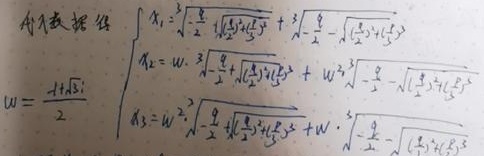
\[\begin{cases}x_1=\sqrt[3]{-\frac{q}{2}+\sqrt{(\frac{q}{2})^2+(\frac{p}{3})^3}}+\sqrt[3]{-\frac{q}{2}-\sqrt{(\frac{q}{2})^2+(\frac{p}{3})^3}}\\x_2 = \omega\cdot\sqrt[3]{-\frac{q}{2}+\sqrt{(\frac{q}{2})^2+(\frac{p}{3})^3}}+\omega^2\cdot\sqrt[3]{-\frac{q}{2}-\sqrt{(\frac{q}{2})^2+(\frac{p}{3})^3}}\\x_3=\omega^2\cdot\sqrt[3]{-\frac{q}{2}+\sqrt{(\frac{q}{2})^2+(\frac{p}{3})^3}}+\omega\cdot\sqrt[3]{-\frac{q}{2}-\sqrt{(\frac{q}{2})^2+(\frac{p}{3})^3}}\end{cases}\]
\[\omega=\frac{-1 + \sqrt{3}i}{2}\]